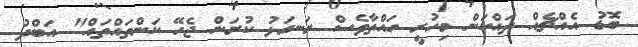
ބޮޑު އެއްޗެއް ދައްކަން މިހުރީ ހައްތާވެސް ރަނގަޅު ކުރަން ޖެހޭ ކަންތައްތައް" އަބްދު